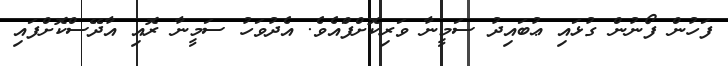
ފަހުން ފޯނުން ގުޅައި ޢުބައިދު ސަމީނާ ވަރިކޮށްފަްައެވެ. އެދުވަހު ސަމީނާ ރޮއި އާދޭސްކޮށްފައި